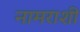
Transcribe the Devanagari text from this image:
नामराशी